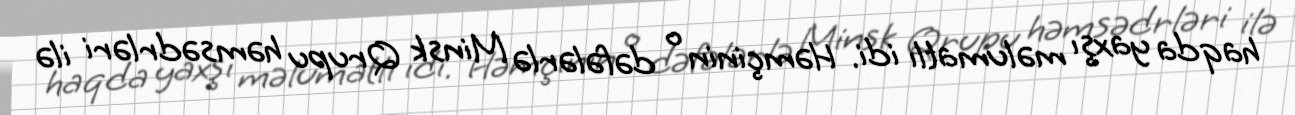
haqda yaxşı məlumatlı idi. Həmçinin o dəfələrlə Minsk Qrupu həmsədrləri ilə